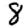
Digit: 8